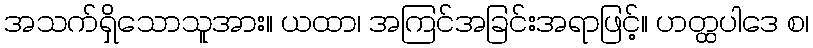
အသက်ရှိသောသူအား။ ယထာ၊ အကြင်အခြင်းအရာဖြင့်။ ဟတ္ထပါဒေ စ၊